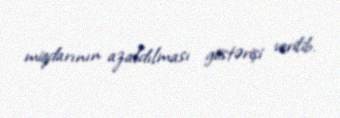
miqdarının azaldılması göstərişi verilib.